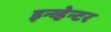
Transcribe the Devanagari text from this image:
इन्व्हेन्टर